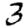
Digit: 3